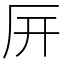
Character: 㕃